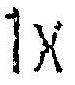
1X